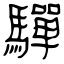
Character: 驒